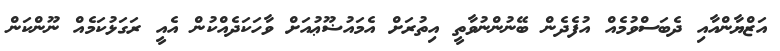
އަޒްޔާންއާއި ދެބަސްވުމެއް އުފެދެން ބޭނުންނުވާތީ އިތުރަށް އެމައުޟޫޢުއަށް ވާހަކަދެއްކުން އެއީ ރަގަޅުކަމެއް ނޫންކަން